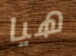
هيا